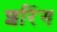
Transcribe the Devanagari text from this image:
शरिंग